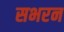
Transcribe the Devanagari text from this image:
सभरन